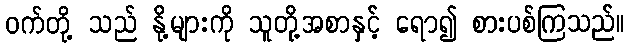
ဝက်တို့ သည် နို့များကို သူတို့အစာနှင့် ရော၍ စားပစ်ကြသည်။